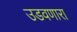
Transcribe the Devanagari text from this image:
उडवणारा